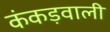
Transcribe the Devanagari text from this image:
कंकड़वाली